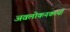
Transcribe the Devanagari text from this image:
अवलोकनकर्त्या